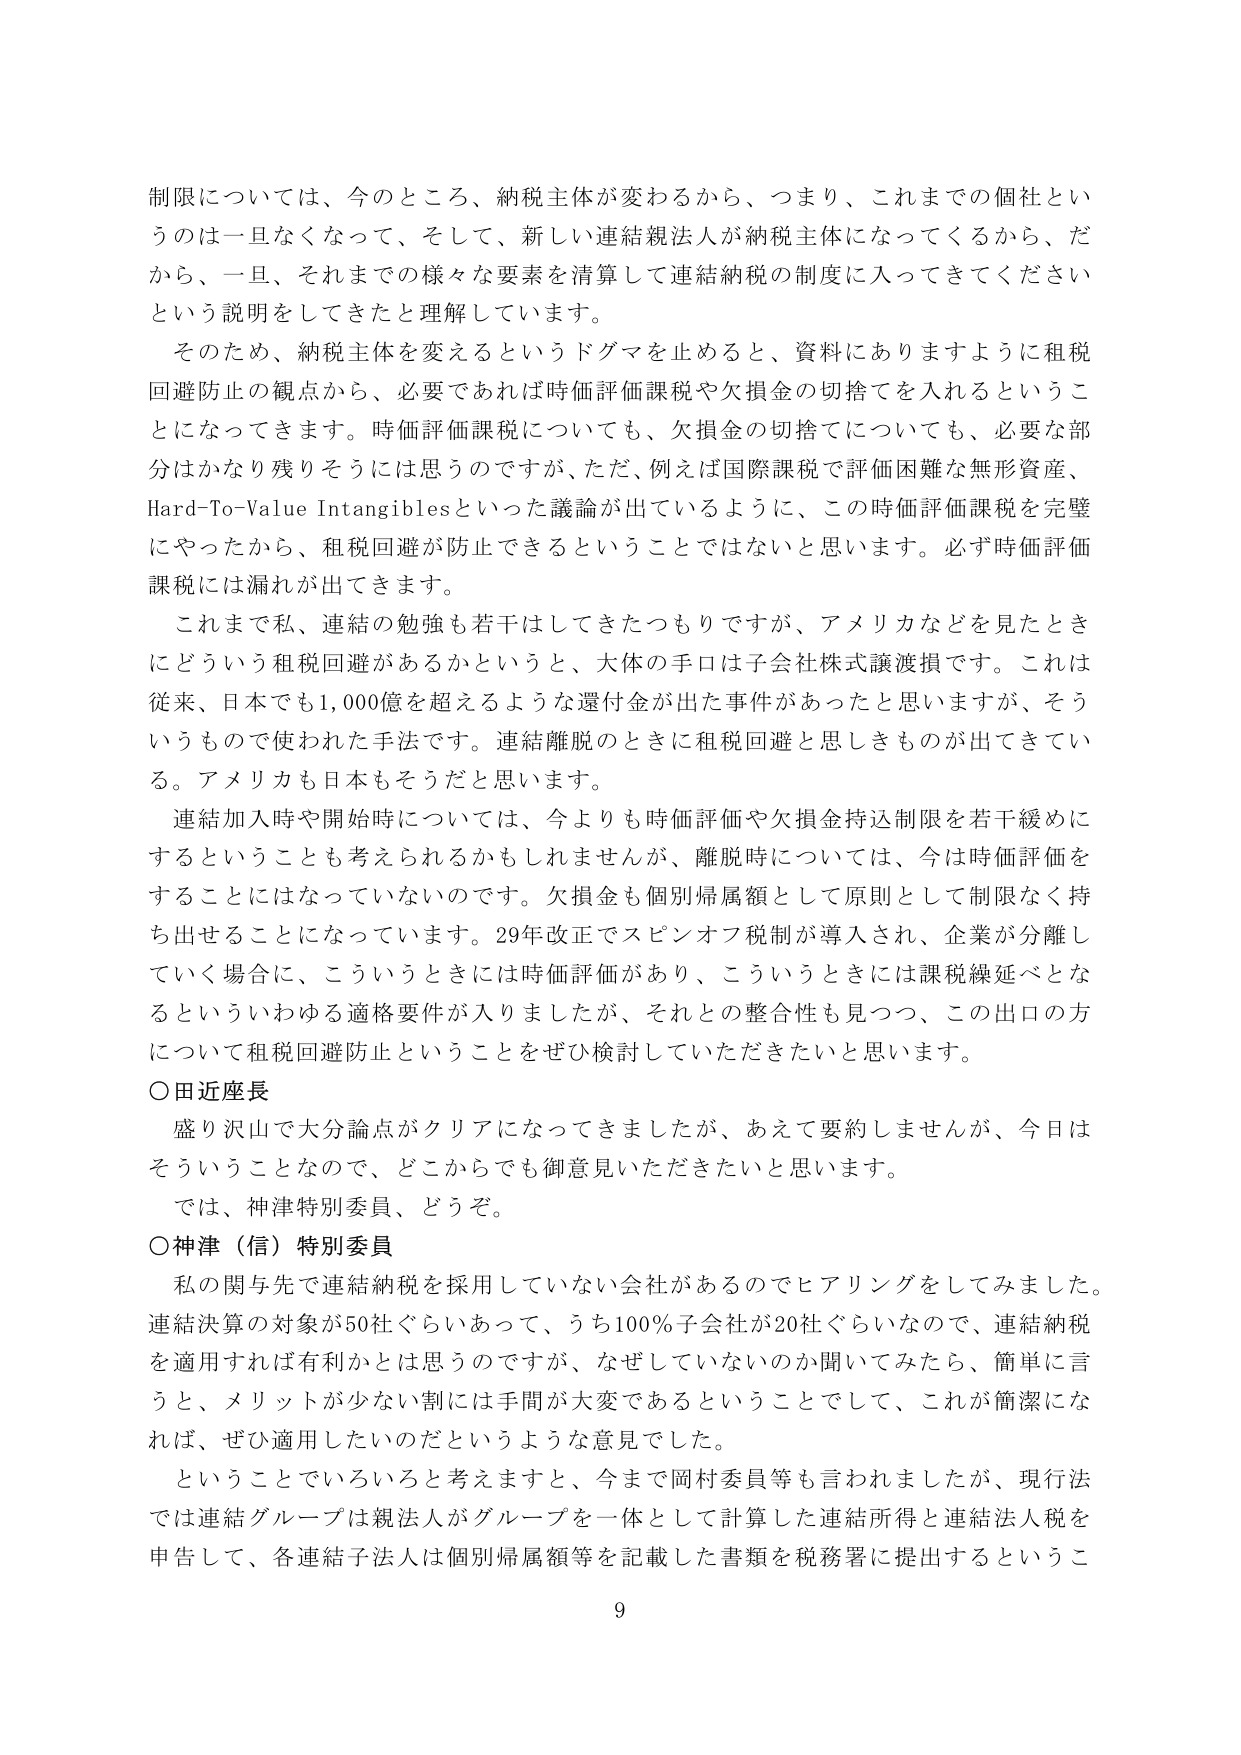
制限については、今のところ、納税主体が変わるから、つまり、これまでの個社というのは一旦なくなって、そして、新しい連結親法人が納税主体になってくるから、だから、一旦、それまでの様々な要素を清算して連結納税の制度に入ってきてくださいという説明をしてきたと理解しています。

そのため、納税主体を変えるというドグマを止めると、資料にありますように租税回避防止の観点から、必要であれば時価評価課税や欠損金の切捨てを入れるということになってきます。時価評価課税についても、欠損金の切捨てについても、必要な部分はかなり残りそうには思うのですが、ただ、例えば国際課税で評価困難な無形資産、Hard-To-Value Intangiblesといった議論が出ているように、この時価評価課税を完璧にやったから、租税回避が防止できるということではないと思います。必ず時価評価課税には漏れが出てきます。

これまで私、連結の勉強も若干はしてきたつもりですが、アメリカなどを見たときにどういう租税回避があるかというと、大体の手口は子会社株式譲渡損です。これは従来、日本でも1,000億を超えるような還付金が出た事件があったと思いますが、そういうもので使われた手法です。連結離脱のときに租税回避と思しきものが出てきている。アメリカも日本もそうだと思います。

連結加入時や開始時については、今よりも時価評価や欠損金持込制限を若干緩めにすることも考えられるかもしれませんが、離脱時については、今は時価評価をすることにはなっていないのです。欠損金も個別帰属額として原則として制限なく持ち出せることになっています。29年改正でスピンオフ税制が導入され、企業が分離していく場合に、こういうときには時価評価があり、こういうときには課税繰延べとなるといういわゆる適格要件が入りましたが、それとの整合性も見つつ、この出口の方について租税回避防止ということをぜひ検討していただきたいと思います。

○田近座長
盛り沢山で大分論点がクリアになってきましたが、あえて要約しませんが、今日はそういうことなので、どこからでも御意見いただきたいと思います。
では、神津特別委員、どうぞ。

○神津（信）特別委員
私の関与先で連結納税を採用していない会社があるのでヒアリングをしてみました。連結決算の対象が50社ぐらいあって、うち100％子会社が20社ぐらいなので、連結納税を適用すれば有利かとは思うのですが、なぜしていないのか聞いてみたら、簡単に言うと、メリットが少ない割には手間が大変であるということでして、これが簡潔になれば、ぜひ適用したいのだというような意見でした。

ということでいろいろと考えますと、今まで岡村委員等も言われましたが、現行法では連結グループは親法人がグループを一体として計算した連結所得と連結法人税を申告して、各連結子法人は個別帰属額等を記載した書類を税務署に提出するというこ

9